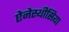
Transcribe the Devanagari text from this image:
ऐनेस्थीसिया